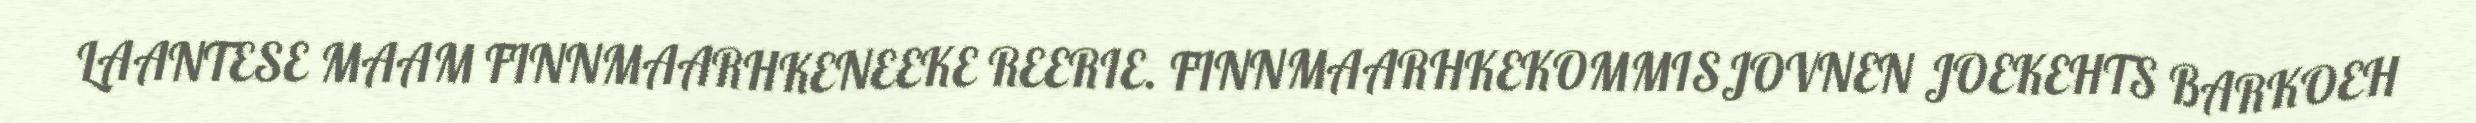
LAANTESE MAAM FINNMAARHKENEEKE REERIE. FINNMAARHKEKOMMISJOVNEN JOEKEHTS BARKOEH